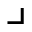
\lrcorner